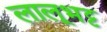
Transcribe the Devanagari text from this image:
लालूभट्ट